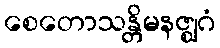
စေတောသန္တိမနဇ္ဈဂံ